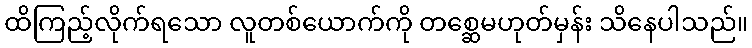
ထိကြည့်လိုက်ရသော လူတစ်ယောက်ကို တစ္ဆေမဟုတ်မှန်း သိနေပါသည်။